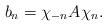
LaTeX: \begin{align*}b_n=\chi_{-n}A\chi_n.\end{align*}